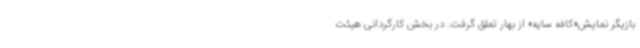
بازیگر نمایش«کافه سایه» از بهار تعلق گرفت. در بخش کارگردانی هیئت